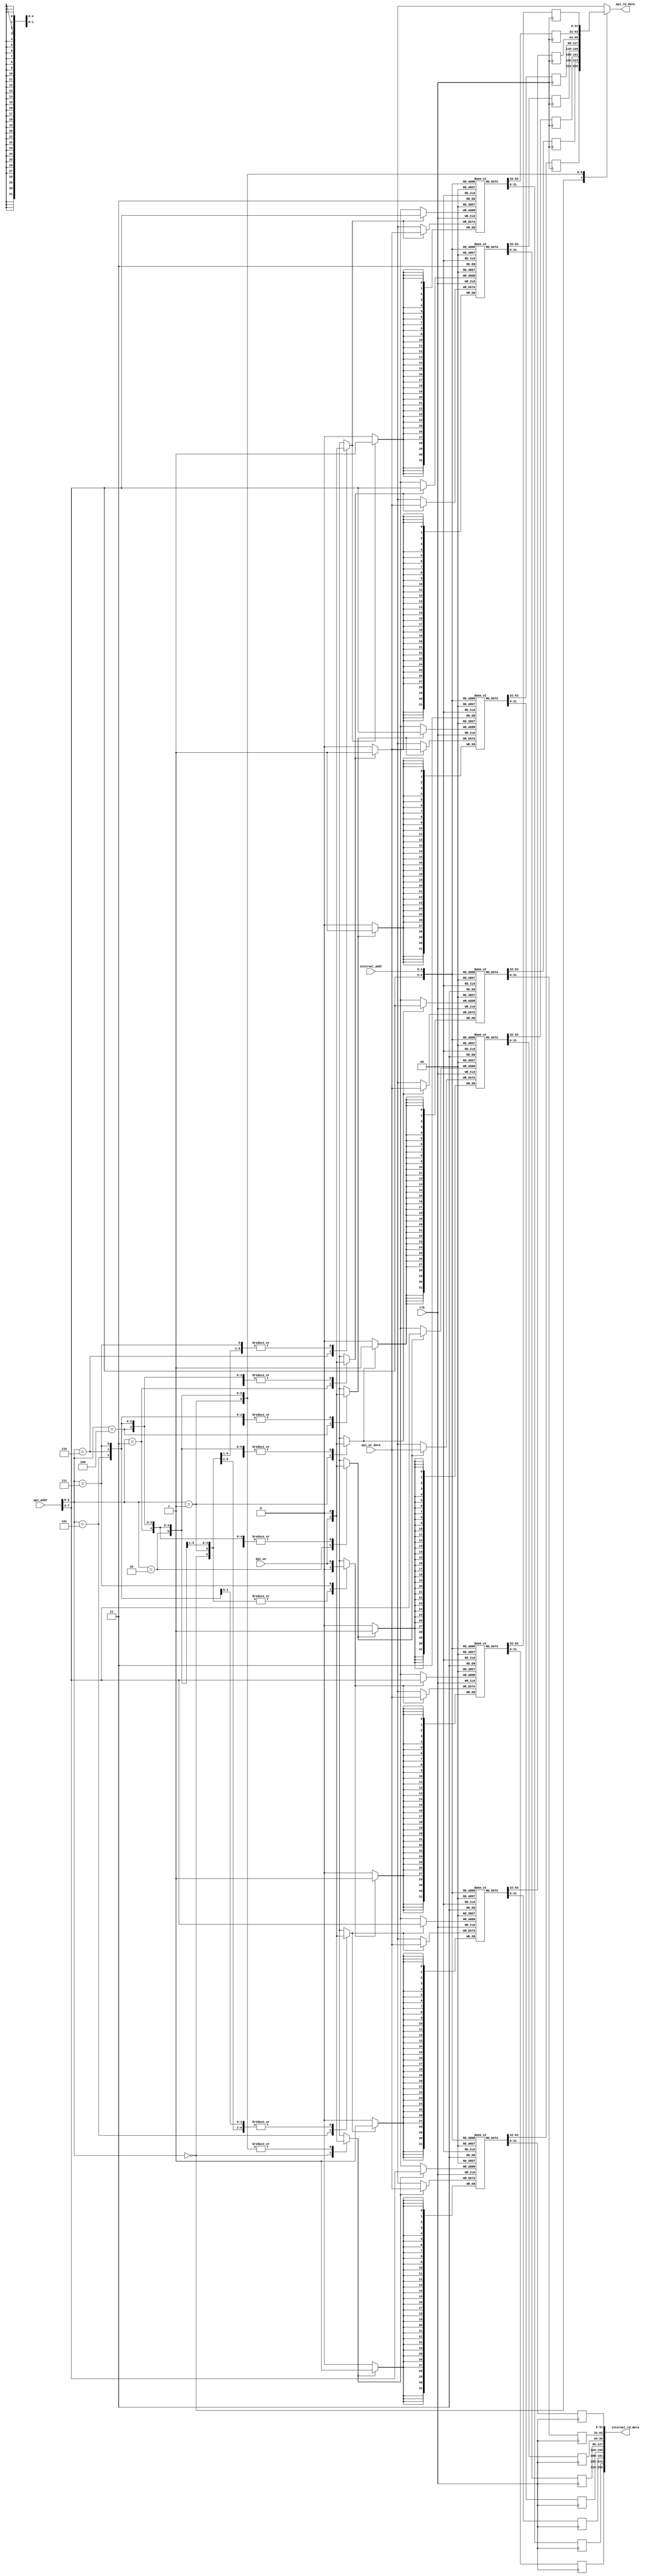
//======================================================================
//
// blockmem_rw32_r256.v
// --------------------
// Test implementation of a block memory that has different data
// widths on external (api) and internal ports.
// Copyright (c) 2015, Assured AB
// All rights reserved.
//
// Redistribution and use in source and binary forms, with or
// without modification, are permitted provided that the following
// conditions are met:
//
// 1. Redistributions of source code must retain the above copyright
//    notice, this list of conditions and the following disclaimer.
//
// 2. Redistributions in binary form must reproduce the above copyright
//    notice, this list of conditions and the following disclaimer in
//    the documentation and/or other materials provided with the
//    distribution.
//
// THIS SOFTWARE IS PROVIDED BY THE COPYRIGHT HOLDERS AND CONTRIBUTORS
// "AS IS" AND ANY EXPRESS OR IMPLIED WARRANTIES, INCLUDING, BUT NOT
// LIMITED TO, THE IMPLIED WARRANTIES OF MERCHANTABILITY AND FITNESS
// FOR A PARTICULAR PURPOSE ARE DISCLAIMED. IN NO EVENT SHALL THE
// COPYRIGHT OWNER OR CONTRIBUTORS BE LIABLE FOR ANY DIRECT, INDIRECT,
// INCIDENTAL, SPECIAL, EXEMPLARY, OR CONSEQUENTIAL DAMAGES (INCLUDING,
// BUT NOT LIMITED TO, PROCUREMENT OF SUBSTITUTE GOODS OR SERVICES;
// LOSS OF USE, DATA, OR PROFITS; OR BUSINESS INTERRUPTION) HOWEVER
// CAUSED AND ON ANY THEORY OF LIABILITY, WHETHER IN CONTRACT,
// STRICT LIABILITY, OR TORT (INCLUDING NEGLIGENCE OR OTHERWISE)
// ARISING IN ANY WAY OUT OF THE USE OF THIS SOFTWARE, EVEN IF
// ADVISED OF THE POSSIBILITY OF SUCH DAMAGE.
//
//======================================================================

module blockmem_rw32_r128(
                          input wire           clk,

                          input wire            api_we,
                          input wire  [07 : 0]  api_addr,
                          input wire  [31 : 0]  api_wr_data,
                          output wire [31 : 0]  api_rd_data,

                          input wire  [04 : 0]  internal_addr,
                          output wire [255 : 0] internal_rd_data
                         );


  //----------------------------------------------------------------
  // Regs and memories.
  //----------------------------------------------------------------
  reg [31 : 0] mem0 [0 : 31];
  reg [31 : 0] mem1 [0 : 31];
  reg [31 : 0] mem2 [0 : 31];
  reg [31 : 0] mem3 [0 : 31];
  reg [31 : 0] mem4 [0 : 31];
  reg [31 : 0] mem5 [0 : 31];
  reg [31 : 0] mem6 [0 : 31];
  reg [31 : 0] mem7 [0 : 31];


  //----------------------------------------------------------------
  // Wires.
  //----------------------------------------------------------------
  reg [31 : 0] muxed_api_rd_data;

  reg [31 : 0] mem0_api_rd_data;
  reg [31 : 0] mem1_api_rd_data;
  reg [31 : 0] mem2_api_rd_data;
  reg [31 : 0] mem3_api_rd_data;
  reg [31 : 0] mem4_api_rd_data;
  reg [31 : 0] mem5_api_rd_data;
  reg [31 : 0] mem6_api_rd_data;
  reg [31 : 0] mem7_api_rd_data;

  reg [31 : 0] mem0_int_rd_data;
  reg [31 : 0] mem1_int_rd_data;
  reg [31 : 0] mem2_int_rd_data;
  reg [31 : 0] mem3_int_rd_data;
  reg [31 : 0] mem4_int_rd_data;
  reg [31 : 0] mem5_int_rd_data;
  reg [31 : 0] mem6_int_rd_data;
  reg [31 : 0] mem7_int_rd_data;

  reg          mem0_we;
  reg          mem1_we;
  reg          mem2_we;
  reg          mem3_we;
  reg          mem4_we;
  reg          mem5_we;
  reg          mem6_we;
  reg          mem7_we;


  //----------------------------------------------------------------
  // Assignmets.
  //----------------------------------------------------------------
  assign api_rd_data      = muxed_api_rd_data;

  assign internal_rd_data = {mem7_int_rd_data, mem6_int_rd_data,
                             mem5_int_rd_data, mem4_int_rd_data,
                             mem3_int_rd_data, mem2_int_rd_data,
                             mem1_int_rd_data, mem0_int_rd_data};


  //----------------------------------------------------------------
  // Reg updates.
  //----------------------------------------------------------------
  always @ (posedge clk)
    begin : reg_update_mem0
      if (mem0_we)
        mem0[api_addr[7 : 3]] <= api_wr_data;

      mem0_api_rd_data <= mem0[api_addr[7 : 3]];
      mem0_int_rd_data <= mem0[internal_addr];
    end

  always @ (posedge clk)
    begin : reg_update_mem1
      if (mem1_we)
        mem1[api_addr[7 : 3]] <= api_wr_data;

      mem1_api_rd_data <= mem1[api_addr[7 : 3]];
      mem1_int_rd_data <= mem1[internal_addr];
    end

  always @ (posedge clk)
    begin : reg_update_mem2
      if (mem2_we)
        mem2[api_addr[7 : 3]] <= api_wr_data;

      mem2_api_rd_data <= mem2[api_addr[7 : 3]];
      mem2_int_rd_data <= mem2[internal_addr];
    end

  always @ (posedge clk)
    begin : reg_update_mem3
      if (mem3_we)
        mem3[api_addr[7 : 3]] <= api_wr_data;

      mem3_api_rd_data <= mem3[api_addr[7 : 3]];
      mem3_int_rd_data <= mem3[internal_addr];
    end

  always @ (posedge clk)
    begin : reg_update_mem4
      if (mem4_we)
        mem4[api_addr[7 : 3]] <= api_wr_data;

      mem4_api_rd_data <= mem4[api_addr[7 : 3]];
      mem4_int_rd_data <= mem4[internal_addr];
    end

  always @ (posedge clk)
    begin : reg_update_mem5
      if (mem5_we)
        mem5[api_addr[7 : 3]] <= api_wr_data;

      mem5_api_rd_data <= mem5[api_addr[7 : 3]];
      mem5_int_rd_data <= mem5[internal_addr];
    end

  always @ (posedge clk)
    begin : reg_update_mem6
      if (mem6_we)
        mem6[api_addr[7 : 3]] <= api_wr_data;

      mem6_api_rd_data <= mem6[api_addr[7 : 3]];
      mem6_int_rd_data <= mem6[internal_addr];
    end

  always @ (posedge clk)
    begin : reg_update_mem7
      if (mem7_we)
        mem7[api_addr[7 : 3]] <= api_wr_data;

      mem7_api_rd_data <= mem7[api_addr[7 : 3]];
      mem7_int_rd_data <= mem7[internal_addr];
    end


  //----------------------------------------------------------------
  // api_mux
  //----------------------------------------------------------------
  always @*
    begin : api_mux
      mem0_we = 1'b0;
      mem1_we = 1'b0;
      mem2_we = 1'b0;
      mem3_we = 1'b0;
      mem4_we = 1'b0;
      mem5_we = 1'b0;
      mem6_we = 1'b0;
      mem7_we = 1'b0;

      case (api_addr[2 : 0])
        0:
          begin
            muxed_api_rd_data = mem0_api_rd_data;
            mem0_we           = api_we;
          end

        1:
          begin
            muxed_api_rd_data = mem1_api_rd_data;
            mem1_we           = api_we;
          end

        2:
          begin
            muxed_api_rd_data = mem2_api_rd_data;
            mem2_we           = api_we;
          end

        3:
          begin
            muxed_api_rd_data = mem3_api_rd_data;
            mem3_we           = api_we;
          end

        4:
          begin
            muxed_api_rd_data = mem4_api_rd_data;
            mem4_we           = api_we;
          end

        5:
          begin
            muxed_api_rd_data = mem5_api_rd_data;
            mem5_we           = api_we;
          end

        6:
          begin
            muxed_api_rd_data = mem6_api_rd_data;
            mem6_we           = api_we;
          end

        7:
          begin
            muxed_api_rd_data = mem7_api_rd_data;
            mem7_we           = api_we;
          end

        default:
          begin
          end
      endcase // case (api_addr[1 : 0])
    end // api_mux

endmodule // blockmem_rw32_r128

//======================================================================
// eof blockmem_rw32_r128.v
//======================================================================